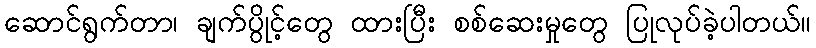
ဆောင်ရွက်တာ၊ ချက်ပွိုင့်တွေ ထားပြီး စစ်ဆေးမှုတွေ ပြုလုပ်ခဲ့ပါတယ်။